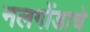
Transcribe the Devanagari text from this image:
नलगोंडाचे